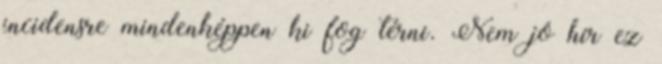
incidensre mindenképpen ki fog térni. Nem jó hír ez